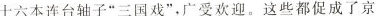
十六本连台轴子”三国戏”，广受欢迎。这些都促成了京